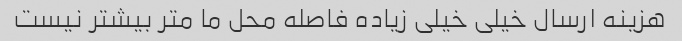
هزینه ارسال خیلی خیلی زیاده فاصله محل ما متر بیشتر نیست